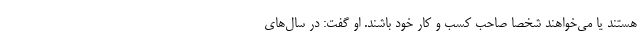
هستند یا می‌خواهند شخصا صاحب کسب و کار خود باشند. او گفت: در سال‌های